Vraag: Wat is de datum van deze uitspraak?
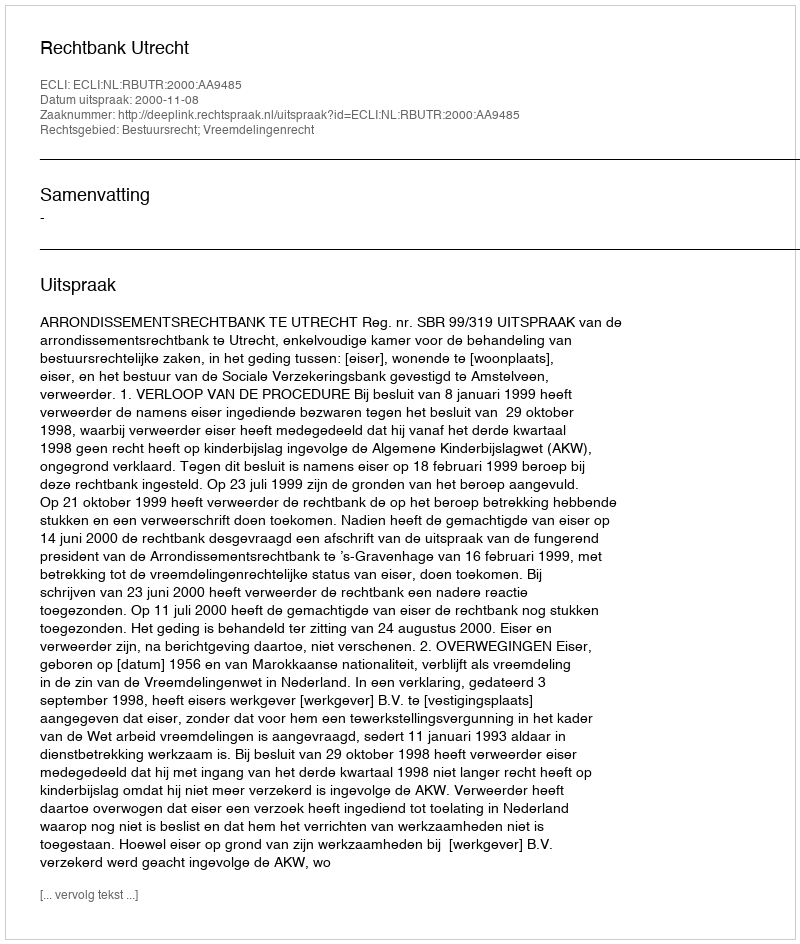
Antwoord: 2000-11-08